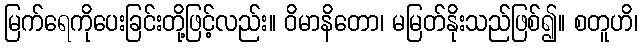
မြက်ရေကိုပေးခြင်းတို့ဖြင့်လည်း။ ဝိမာနိတော၊ မမြတ်နိုးသည်ဖြစ်၍။ စတူဟိ၊